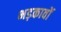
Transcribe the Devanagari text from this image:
भड़कावों